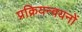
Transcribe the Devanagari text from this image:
प्रक्रियन्वयनों